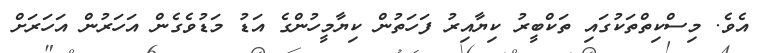
އެވެ. މިސްކިތްތަކުގައި ތަކްބީރު ކިޔާއިރު ފަހަތުން ކިޔާމީހުންގެ އަޑު މަޑުވެގެން އަހަރުން އަހަރަށް